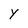
Character: Y